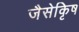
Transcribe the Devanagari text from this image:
जैसेकृिष